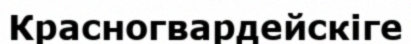
Красногвардейскіге